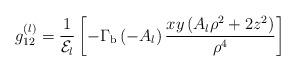
LaTeX: \begin{align*}g_{12}^{(l)}={\displaystyle \frac{1}{{\cal E}_l}}\left[{\displaystyle {-\Gamma_{\rm b}\left(-A_l\right)\frac{xy\left(A_l\rho^2+2z^2\right)}{\rho^4}}}\right]\end{align*}